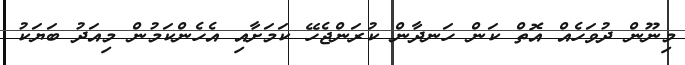
މިނޫން ދުވަހެއް އޮތް ކަން ހަނދާން ކުރަންޖެހޭ ކަމަށާއި އެހެންކަމުން މިއަދު ބަޔަކު